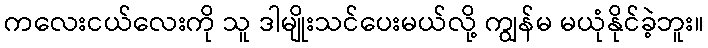
ကလေးငယ်လေးကို သူ ဒါမျိုးသင်ပေးမယ်လို့ ကျွန်မ မယုံနိုင်ခဲ့ဘူး။